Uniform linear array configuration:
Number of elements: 32
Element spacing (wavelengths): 0.5
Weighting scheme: hann
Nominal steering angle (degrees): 45
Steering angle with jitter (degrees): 46.516
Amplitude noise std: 0.05
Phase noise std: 0.05

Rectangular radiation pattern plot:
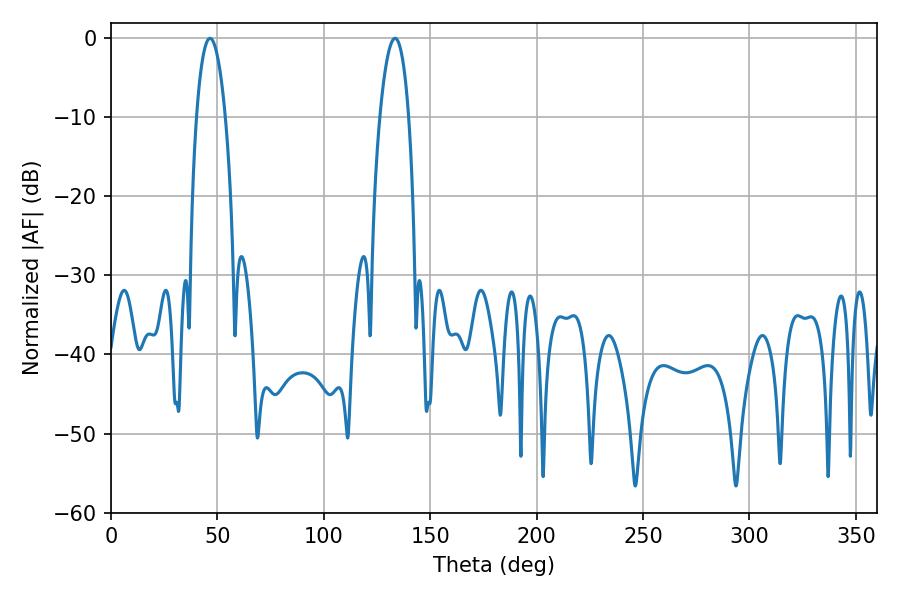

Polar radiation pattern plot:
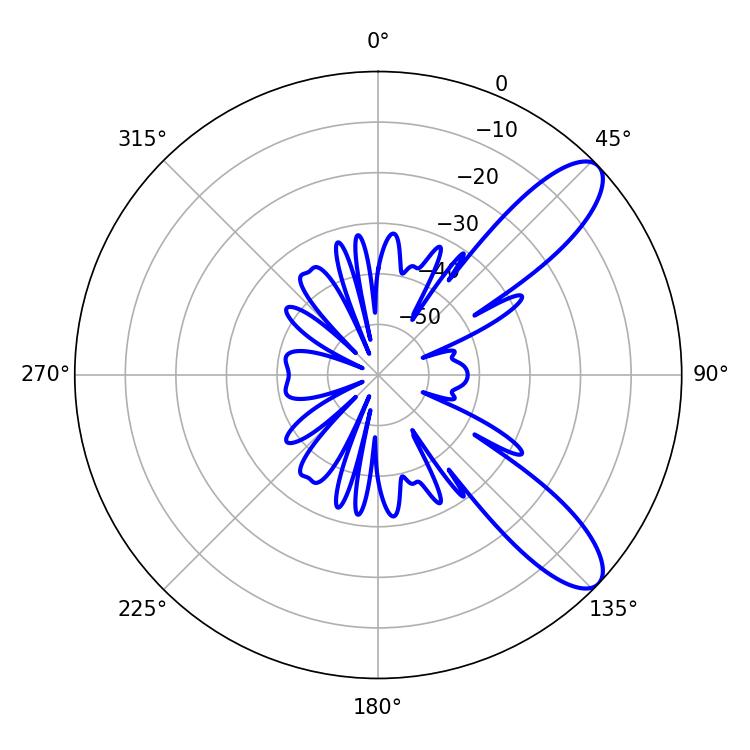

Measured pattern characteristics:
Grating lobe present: FALSE
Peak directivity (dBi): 9.892
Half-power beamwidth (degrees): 7.56
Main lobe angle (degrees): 46.44